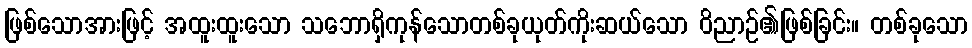
ဖြစ်သောအားဖြင့် အထူးထူးသော သဘောရှိကုန်သောတစ်ခုယုတ်ကိုးဆယ်သော ဝိညာဉ်၏ဖြစ်ခြင်း။ တစ်ခုသော